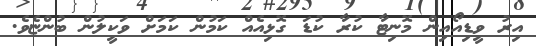
އިރު ވީޑިއޯއިން މޮނިޓާ ކުރާ ކުޑަ ގޮޅިއެއް ކަމުން ކަމަށް ވަކީލުން ބުންޏެވެ.